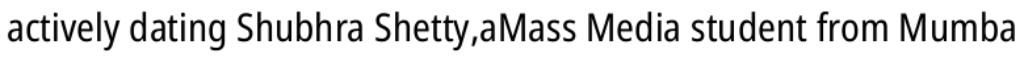
actively dating Shubhra Shetty,aMass Media student from Mumba